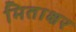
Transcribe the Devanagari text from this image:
मिताक्षर